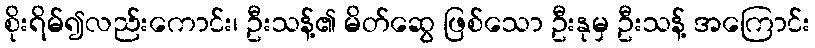
စိုးရိမ်၍လည်းကောင်း၊ ဦးသန့်၏ မိတ်ဆွေ ဖြစ်သော ဦးနုမှ ဦးသန့် အကြောင်း